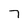
Character: 7